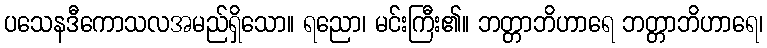
ပသေနဒီကောသလအမည်ရှိသော။ ရညော၊ မင်းကြီး၏။ ဘတ္တာဘိဟာရေ ဘတ္တာဘိဟာရေ၊